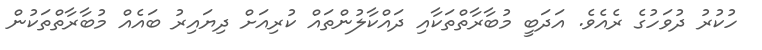
ހުކުރު ދުވަހުގެ ރެއެވެ. އަދަބީ މުބާރާތްތަކާއި ދައްކާލުންތައް ކުރިއަށް ދިޔައިރު ބައެއް މުބާރާތްތަކުން